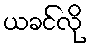
ယခင်လို